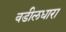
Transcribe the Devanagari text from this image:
वडीलधारा